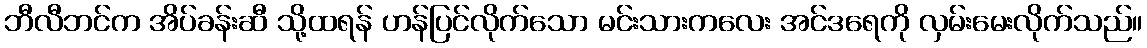
ဘီလီဘင်က အိပ်ခန်းဆီ သို့ထရန် ဟန်ပြင်လိုက်သော မင်းသားကလေး အင်ဒရေကို လှမ်းမေးလိုက်သည်။